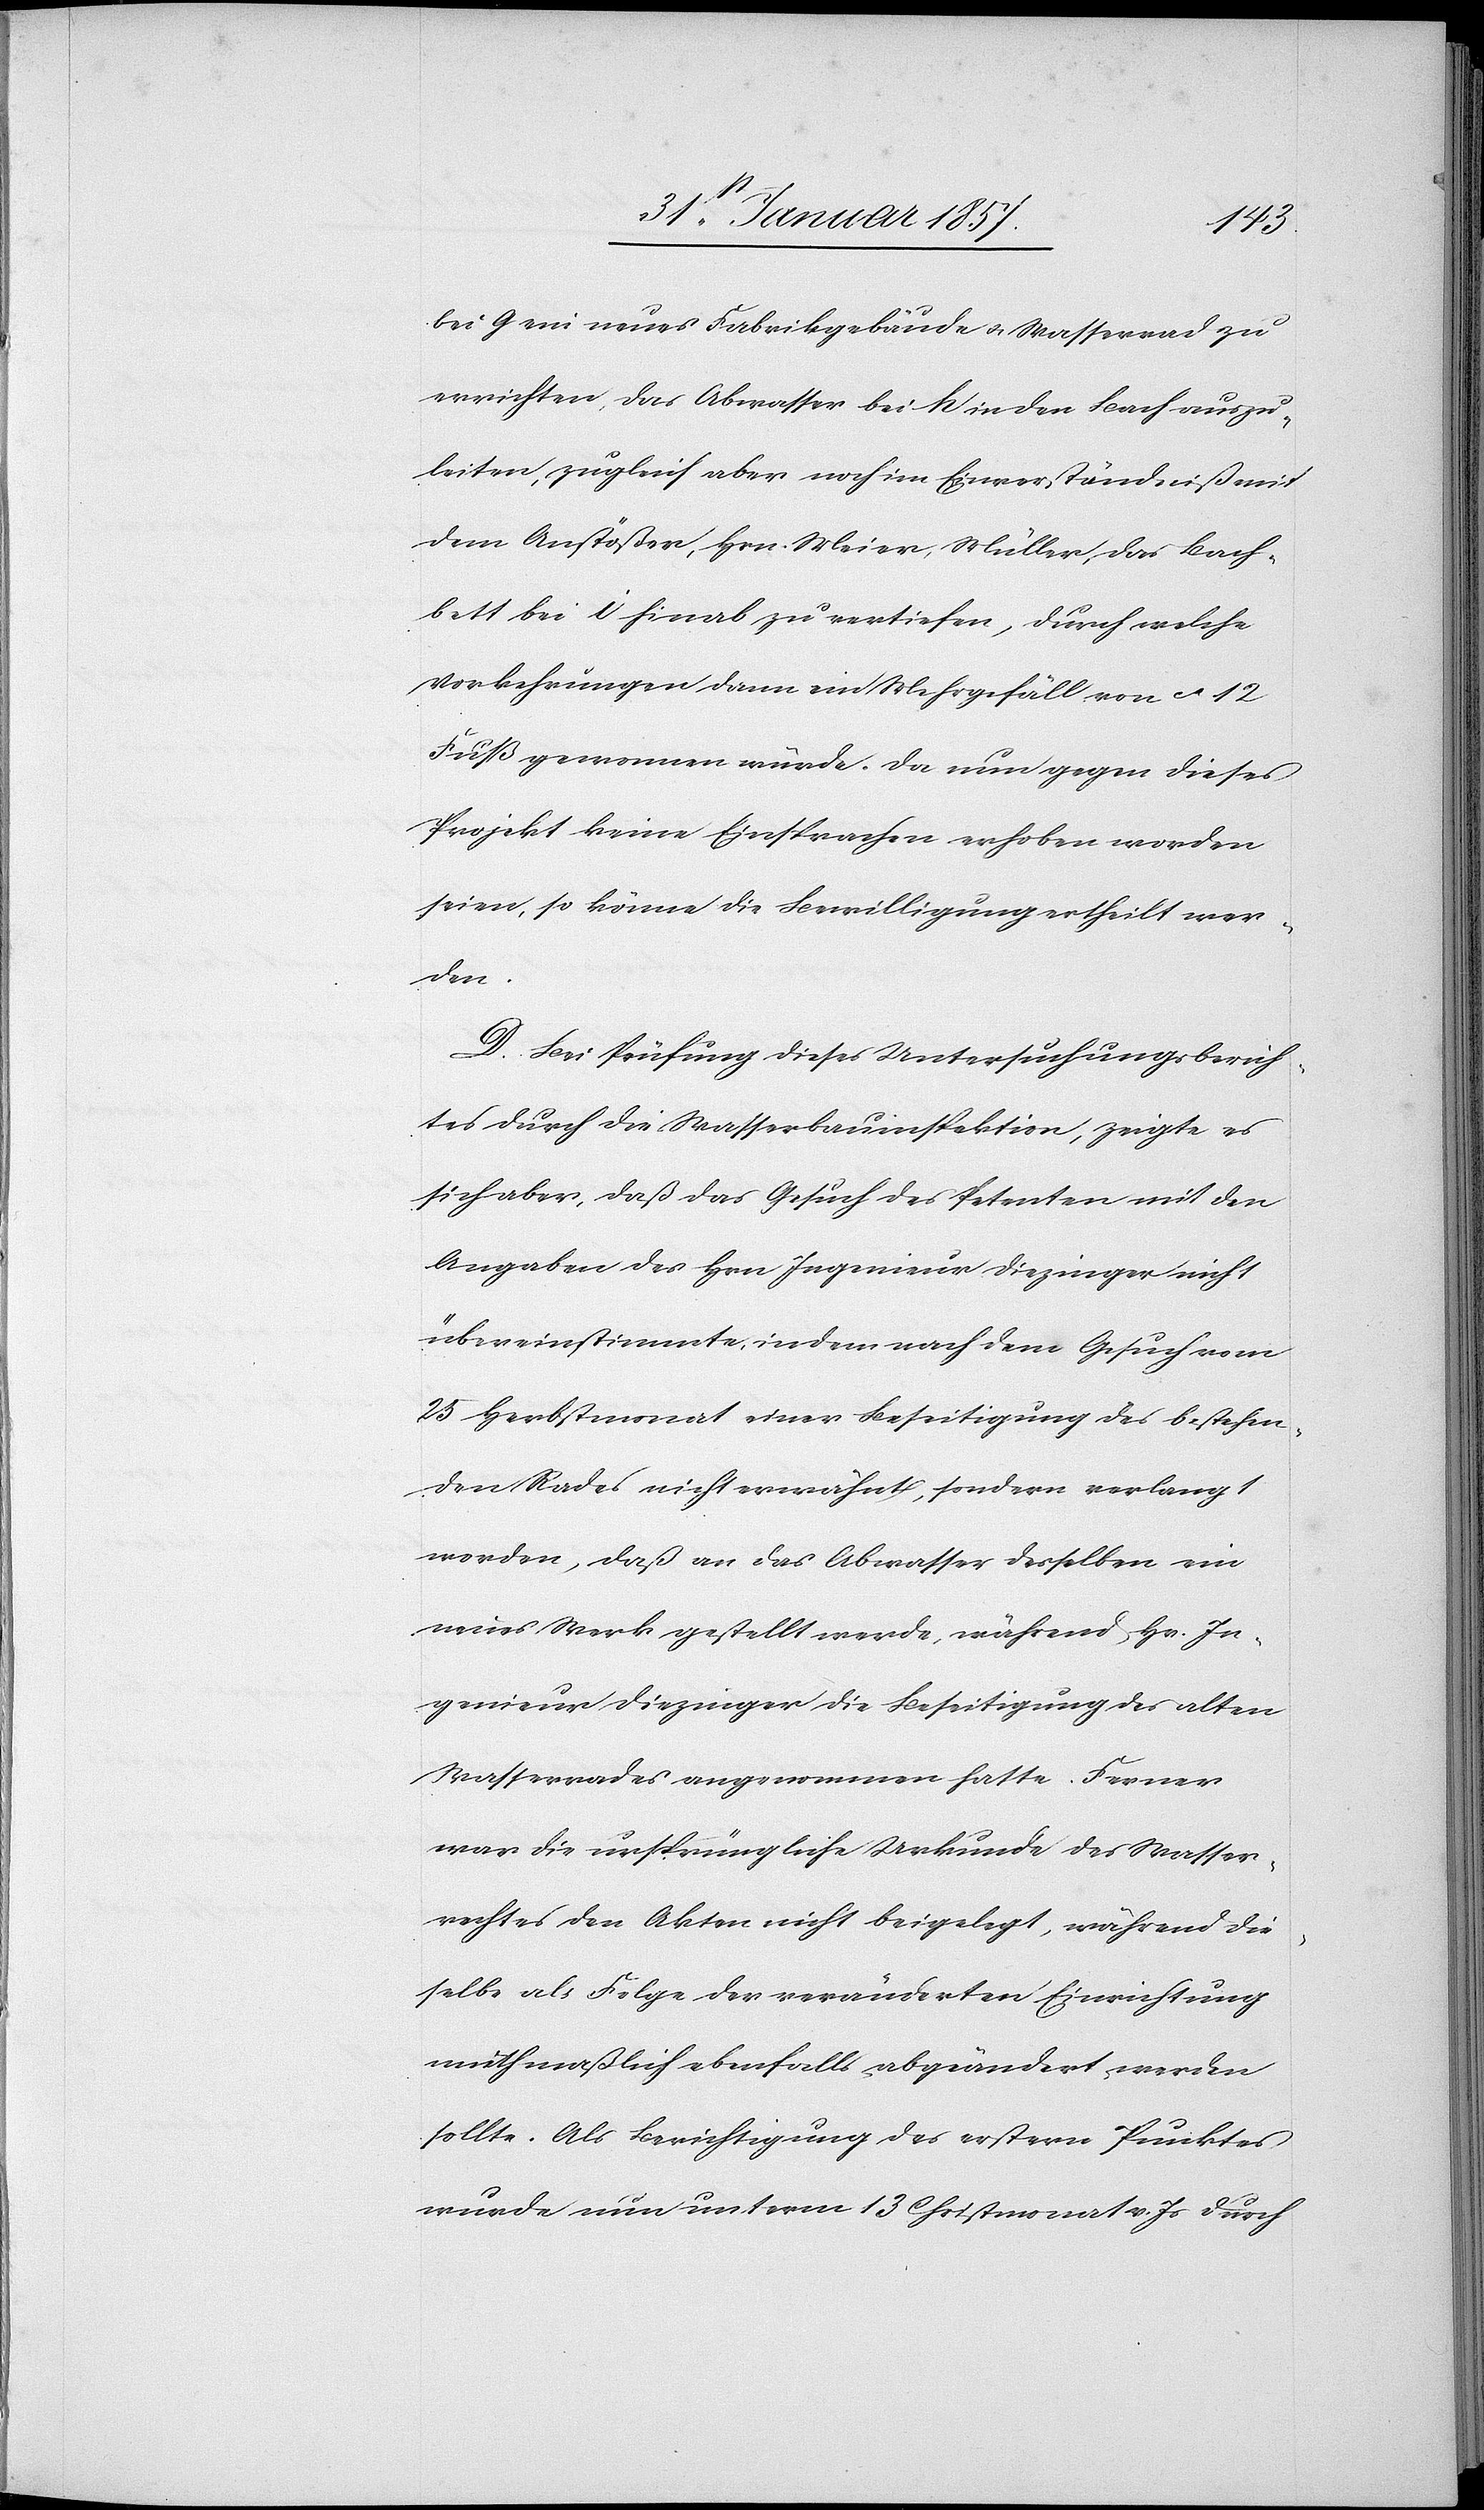
bei G ein neues Fabrikgebäude u. Wasserrad zu
errichten, das Abwasser bei K in den Bach auszu¬
leiten, zugleich aber noch im Einverständniß mit
dem Anstößer, Hrn. Meier, Müller, das Bach¬
bett bei I hinab zu vertiefen, durch welche
Vorkehrungen dann ein Wehrgefäll von ca 12
Fuß gewonnen würde. Da nun gegen dieses
Projekt keine Einsprachen erhoben worden
seien, so könne die Bewilligung ertheilt wer¬
den.
D. Bei Prüfung dieses Untersuchungsberich¬
tes durch die Wasserbauinspektion, zeigte es
sich aber, daß das Gesuch des Petenten mit den
Angaben des Hrn Ingenieur Diezinger nicht
übereinstimmte, in dem nach dem Gesuch vom
25 Herbstmonat einer Beseitigung des bestehen¬
den Rades nicht erwähnt, sondern verlangt
worden, daß an das Abwasser desselben ein
neues Werk gestellt werde, während Hr. In¬
genieur Diezinger, die Beseitigung des alten
Wasserrades angenommen hatte. Ferner
war die ursprüngliche Urkunde des Wasser¬
rechtes den Akten nicht beigelegt, während die¬
selbe als Folge der veränderten Einrichtung
muthmaßlich ebenfalls abgeändert werden
sollte, Als Berichtigung des erstern Punktes
wurde nun unterm 13 Christmonat v. Js durch.